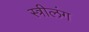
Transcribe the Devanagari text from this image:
स्त्रीलंग